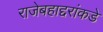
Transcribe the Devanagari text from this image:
राजेबहाद्दरांकडे